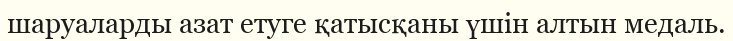
шаруаларды азат етуге қатысқаны үшін алтын медаль.